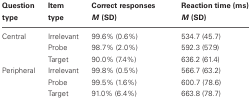
| Question type | Item type | Correct responses M (SD) |  | Reaction time (ms) M (SD) |
 | --- | --- | --- | --- | --- |
 | Central | Irrelevant | 99.6% (0.6%) |  | 534.7 (45.7) |
 |  | Probe | 98.7% (2.0%) |  | 592.3 (57.9) |
 |  | Target | 90.0% (7.4%) |  | 636.2 (61.4) |
 | Peripheral | Irrelevant | 99.8% (0.5%) |  | 566.7 (63.2) |
 |  | Probe | 99.5% (1.6%) |  | 600.7 (78.6) |
 |  | Target | 91.0% (6.4%) |  | 663.8 (78.7) |